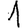
Digit: 1